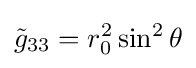
{\tilde {g}}_{33}=r_{0}^{2}\sin ^{2}\theta